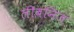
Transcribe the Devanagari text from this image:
लीबनिज